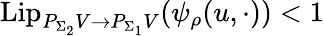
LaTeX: \mathrm{Lip}_{P_{\Sigma_{2}}V\to P_{\Sigma_{1}}V}(\psi_{\rho}(u,\cdot))<1